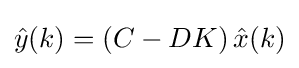
{\hat {y}}(k)=\left(C-DK\right){\hat {x}}(k)